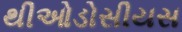
થીઓડોસીયસ